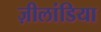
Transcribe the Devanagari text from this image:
ज़ीलांडिया